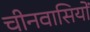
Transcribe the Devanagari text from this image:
चीनवासियों